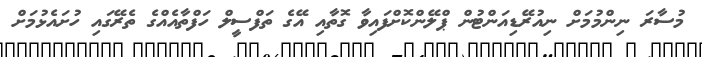
މުސާރަ ނިންމުމަށް ނިއުރޭޑިއަންޓުން ޕްލޭންކޮށްފައިވާ ގޮތާއި އޭގެ ތަފްސީލް ހަފްތާއެއްގެ ތެރޭގައި ހުށައެޅުމަށް